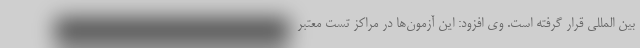
بین المللی قرار گرفته است. وی افزود: این آزمون‌ها در مراکز تست معتبر